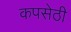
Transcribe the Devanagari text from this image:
कपसेठी